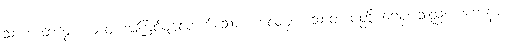
သဟ၊ တကွ။ ယာဝ၊ အကြင်မျှလောက်သော ကာလမှ။ သောတာပတ္တိမဂ္ဂေန၊ သည်။ ပဟာနာ၊